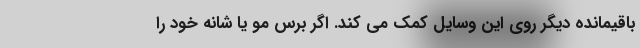
باقیمانده دیگر روی این وسایل کمک می کند. اگر برس مو یا شانه خود را